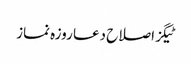
ٹیگزاصلاح دعا روزہ نماز